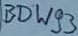
Text: BDW93